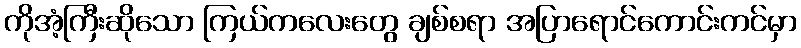
ကိုအံ့ကြီးဆိုသော ကြယ်ကလေးတွေ ချစ်စရာ အပြာရောင်ကောင်းကင်မှာ